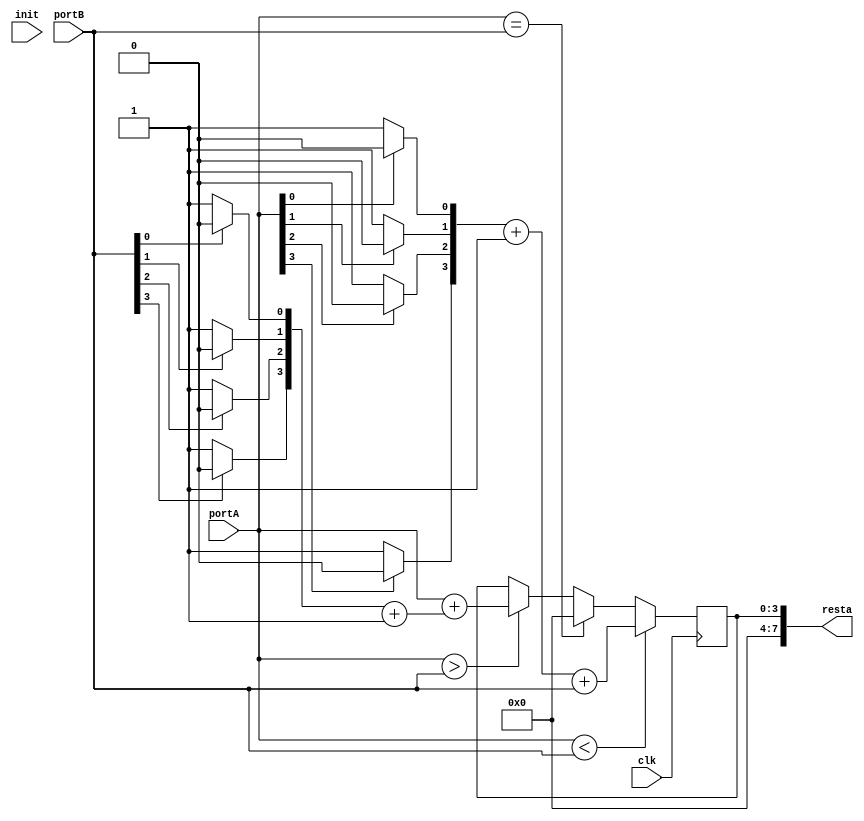
module restador(init, clk, portA, portB, resta);
	input init, clk;
	input [3:0] portA;
	input [3:0] portB;
	output [7:0] resta;
	
	//registros
	reg [3:0] A, B, r;
	
	assign resta = r;
	
	//DATAPATH
	always @(posedge clk) begin
		A = portA;
		B = portB;
	
		if(A < B) begin		
			A[0] = (A[0] == 1'b1) ? 0 : 1;
			A[1] = (A[1] == 1'b1) ? 0 : 1;
			A[2] = (A[2] == 1'b1) ? 0 : 1;
			A[3] = (A[3] == 1'b1) ? 0 : 1;
			
			A = A + 4'b0001;
			r = A + B;
			
		end else if(A == B) begin
			r = 3'b0000;
		end
		
		else if(A > B) begin
			B[0] = (B[0] == 1'b1) ? 0 : 1;
			B[1] = (B[1] == 1'b1) ? 0 : 1;
			B[2] = (B[2] == 1'b1) ? 0 : 1;
			B[3] = (B[3] == 1'b1) ? 0 : 1;
			
			B = B + 4'b0001;
			r = A + B;	
		end
	end	

endmodule